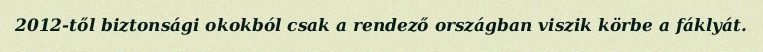
2012-től biztonsági okokból csak a rendező országban viszik körbe a fáklyát.